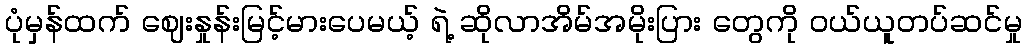
ပုံမှန်ထက် ဈေးနှုန်းမြင့်မားပေမယ့် ရဲ့ ဆိုလာအိမ်အမိုးပြား တွေကို ဝယ်ယူတပ်ဆင်မှု